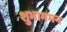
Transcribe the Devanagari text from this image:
शुभागमन